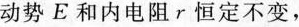
动势E和内电阻r恒定不变，